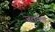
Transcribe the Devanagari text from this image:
जतका